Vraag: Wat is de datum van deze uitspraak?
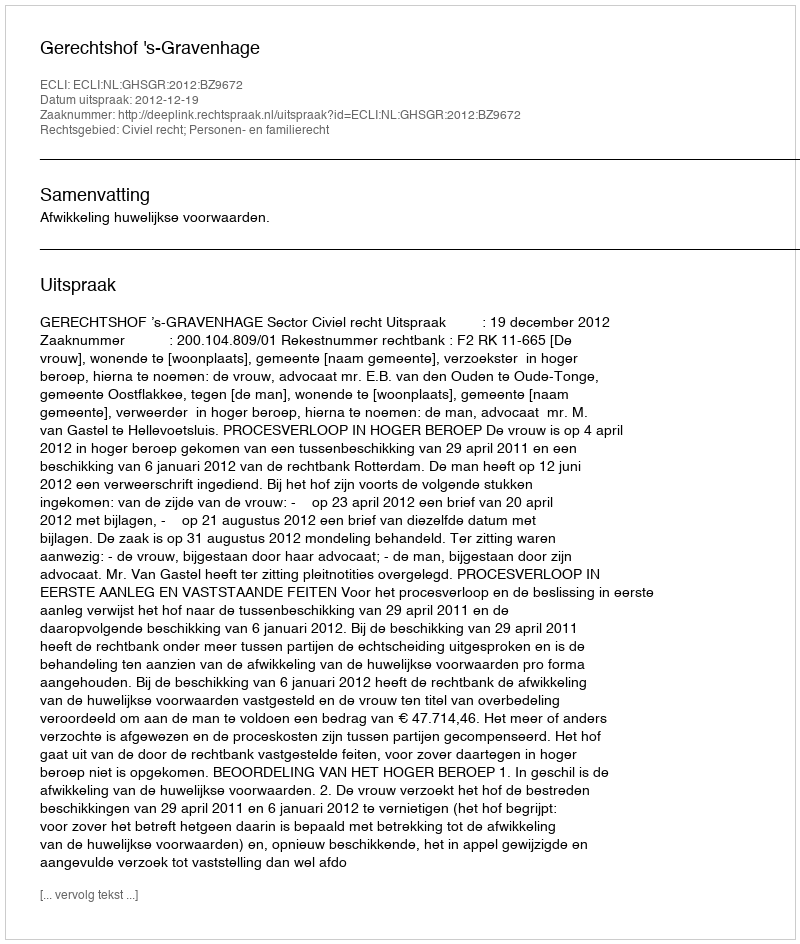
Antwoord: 2012-12-19